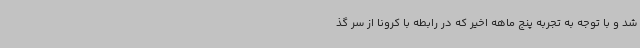
شد و با توجه به تجربه پنج ماهه اخیر که در رابطه با کرونا از سر گذ